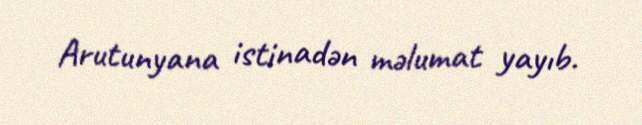
Arutunyana istinadən məlumat yayıb.